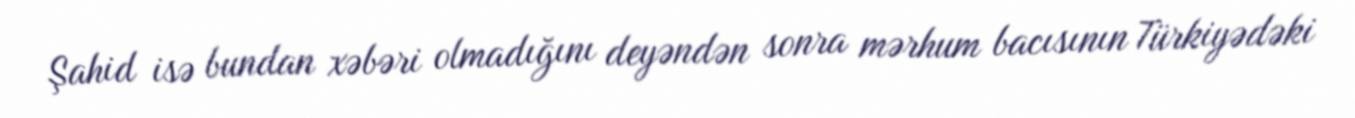
Şahid isə bundan xəbəri olmadığını deyəndən sonra mərhum bacısının Türkiyədəki